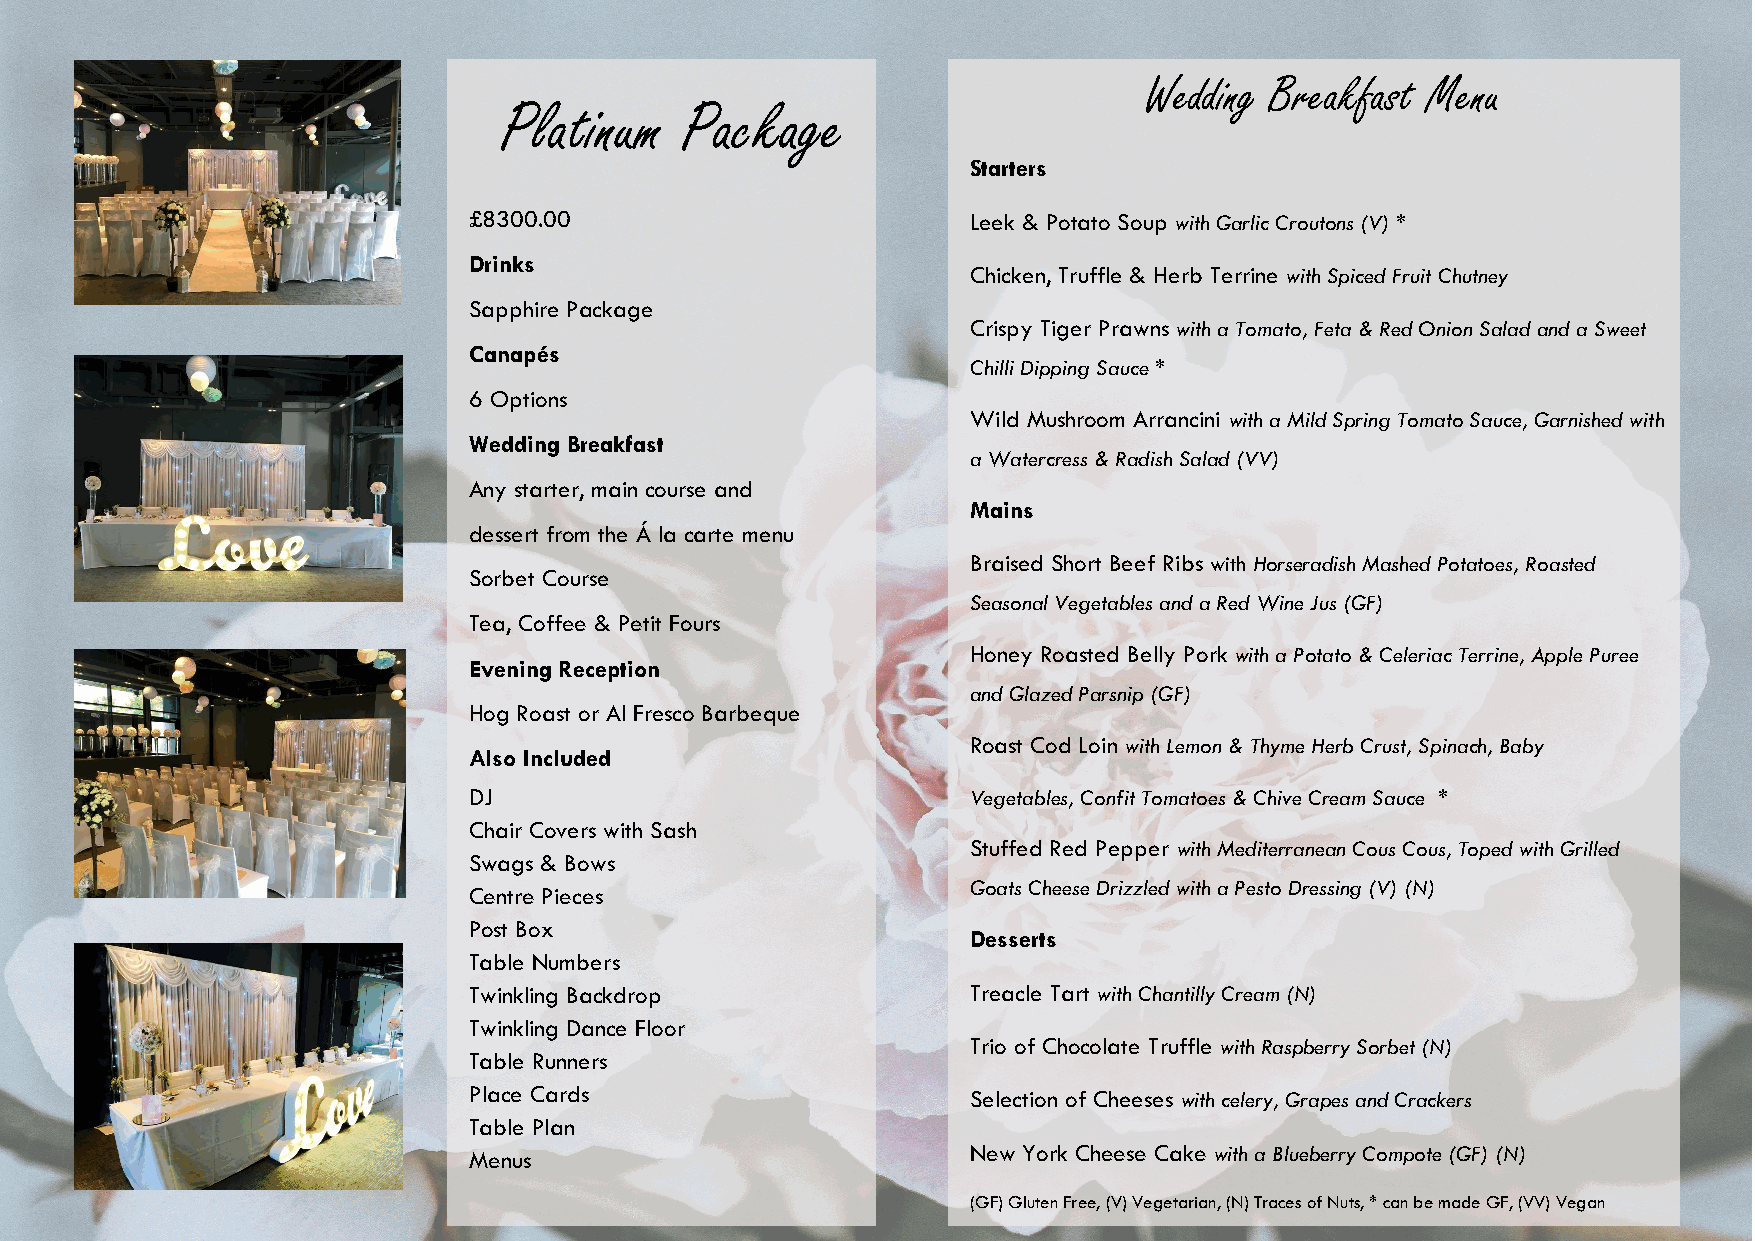
Wedding Breakfast Menu
 Platinum    Package
 Starters
 £8300.00                         Leek & Potato Soup with Garlic Croutons (V) *
 Drinks
 Chicken, Truffle & Herb Terrine with Spiced Fruit Chutney
 Sapphire Package
 Crispy Tiger Prawns with a Tomato, Feta & Red Onion Salad and a Sweet
 Canapés
 Chilli Dipping Sauce *
 6 Options
 Wild Mushroom Arrancini with a Mild Spring Tomato Sauce, Garnished with
 Wedding Breakfast
 a Watercress & Radish Salad (VV)
 Any starter, main course and
 Mains
 dessert from the Á la carte menu
 Braised Short Beef Ribs with Horseradish Mashed Potatoes, Roasted
 Sorbet Course
 Seasonal Vegetables and a Red Wine Jus (GF)
 Tea, Coffee & Petit Fours
 Honey Roasted Belly Pork with a Potato & Celeriac Terrine, Apple Puree
 Evening Reception
 and Glazed Parsnip (GF)
 Hog Roast or Al Fresco Barbeque
 Roast Cod Loin with Lemon & Thyme Herb Crust, Spinach, Baby
 Also Included
 DJ                               Vegetables, Confit Tomatoes & Chive Cream Sauce *
 Chair Covers with Sash
 Stuffed Red Pepper with Mediterranean Cous Cous, Toped with Grilled
 Swags & Bows
 Goats Cheese Drizzled with a Pesto Dressing (V) (N)
 Centre Pieces
 Post Box
 Desserts
 Table Numbers
 Twinkling Backdrop               Treacle Tart with Chantilly Cream (N)
 Twinkling Dance Floor
 Trio of Chocolate Truffle with Raspberry Sorbet (N)
 Table Runners
 Place Cards                      Selection of Cheeses with celery, Grapes and Crackers
 Table Plan
 Menus                            New York Cheese Cake with a Blueberry Compote (GF) (N)
 (GF) Gluten Free, (V) Vegetarian, (N) Traces of Nuts, * can be made GF, (VV) Vegan